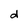
Character: d